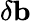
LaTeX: \delta\mathbf{b}